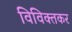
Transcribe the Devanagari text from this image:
विविक्तकर